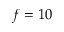
f = 1 0